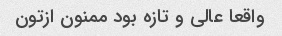
واقعا عالی و تازه بود ممنون ازتون